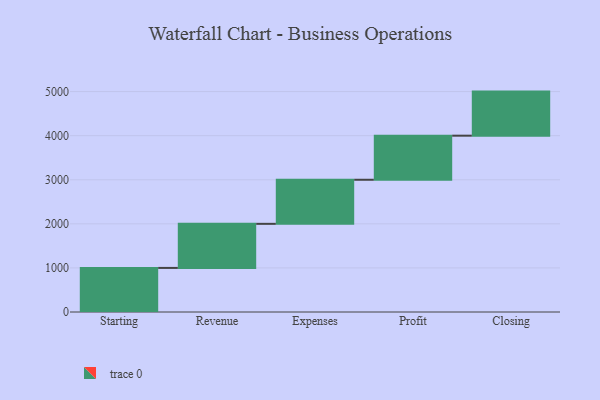
{"axis": {"x": "Step", "y": "Value"}, "legend": [""], "data": [{"x": "Starting", "y": 1000, "type": ""}, {"x": "Revenue", "y": 1000, "type": ""}, {"x": "Expenses", "y": 1000, "type": ""}, {"x": "Profit", "y": 1000, "type": ""}, {"x": "Closing", "y": 1000, "type": ""}]}